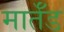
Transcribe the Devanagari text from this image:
मार्तँड